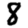
Digit: 8